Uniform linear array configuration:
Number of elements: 24
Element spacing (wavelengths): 0.25
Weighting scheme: blackman
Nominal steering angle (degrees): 45
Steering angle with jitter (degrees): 46.033
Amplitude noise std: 0.05
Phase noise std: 0.05

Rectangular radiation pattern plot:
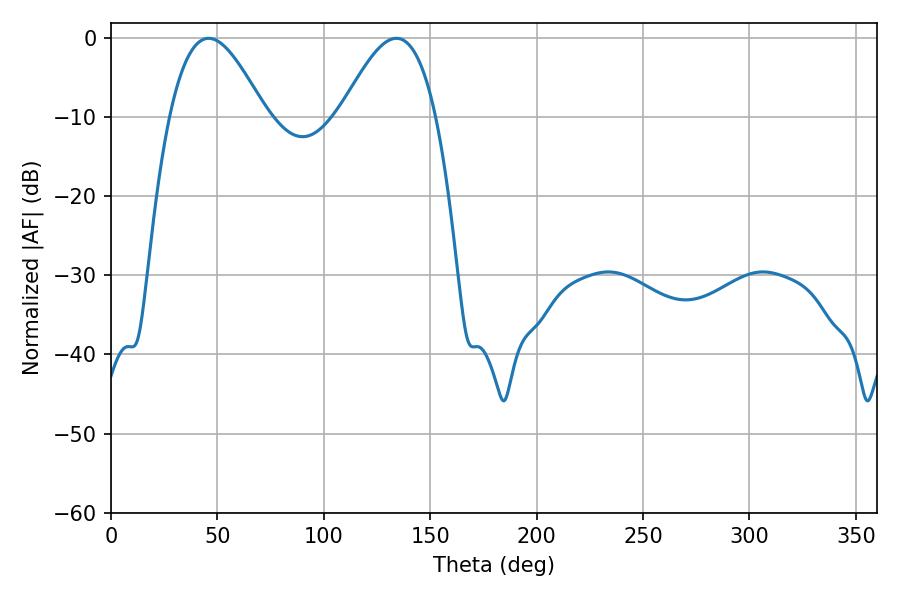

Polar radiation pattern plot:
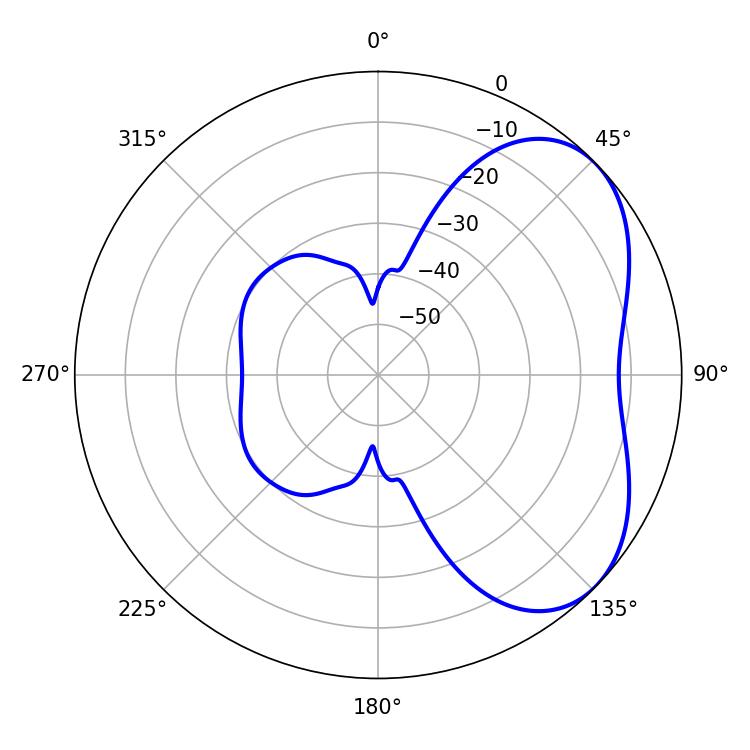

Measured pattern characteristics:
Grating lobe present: FALSE
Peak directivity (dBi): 4.511
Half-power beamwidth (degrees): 24.3
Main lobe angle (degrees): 45.9